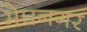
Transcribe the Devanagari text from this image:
मेघनगर